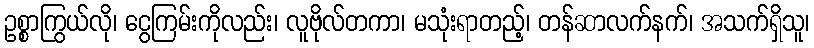
ဥစ္စာကြွယ်လို၊ ငွေကြမ်းကိုလည်း၊ လူဗိုလ်တကာ၊ မသုံးရာတည့်၊ တန်ဆာလက်နက်၊ အသက်ရှိသူ၊